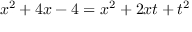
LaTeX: x ^ { 2 } + 4 x - 4 = x ^ { 2 } + 2 x t + t ^ { 2 }